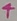
Text: 4